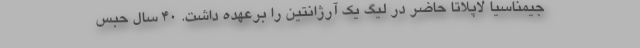
جیمناسیا لاپلاتا حاضر در لیگ یک آرژانتین را برعهده داشت. 40 سال حبس